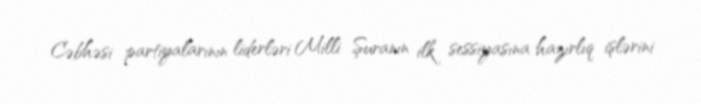
Cəbhəsi partiyalarının liderləri Milli Şuranın ilk sessiyasına hazırlıq işlərini